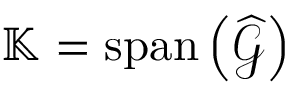
\mathbb { K } = \operatorname { s p a n } \left( \widehat { \mathcal { G } } \right)